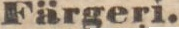
Färgeri.